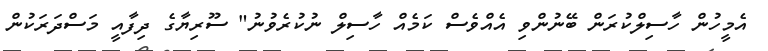
އެމީހުން ހާސިލްކުރަން ބޭނުންވި އެއްވެސް ކަމެއް ހާސިލް ނުކުރެވުނު" ސޫރިޔާގެ ދިފާއީ މަސްދަރަކުން